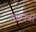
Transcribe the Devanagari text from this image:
त्वानबी